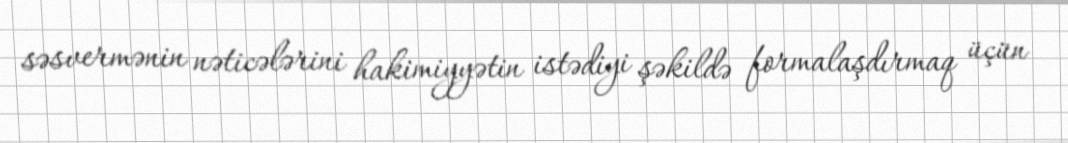
səsvermənin nəticələrini hakimiyyətin istədiyi şəkildə formalaşdırmaq üçün